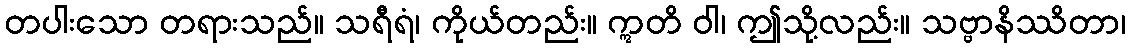
တပါးသော တရားသည်။ သရီရံ၊ ကိုယ်တည်း။ ဣတိ ဝါ၊ ဤသို့လည်း။ သဗ္ဗာနိဿိတာ၊